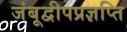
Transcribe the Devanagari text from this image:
जंबूद्वीपप्रज्ञप्ति